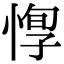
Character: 惸